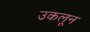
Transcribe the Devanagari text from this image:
उकलून